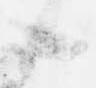
候